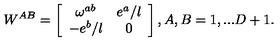
W ^ { A B } = \left[ \begin{array} { c c } { \omega ^ { a b } } & { e ^ { a } / l } \\ { - e ^ { b } / l } & { 0 } \\ \end{array} \right] , A , B = 1 , . . . D + 1 .